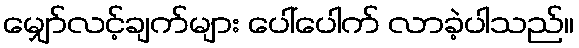
မျှော်လင့်ချက်များ ပေါ်ပေါက် လာခဲ့ပါသည်။